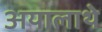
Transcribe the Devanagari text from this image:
अयालाथे